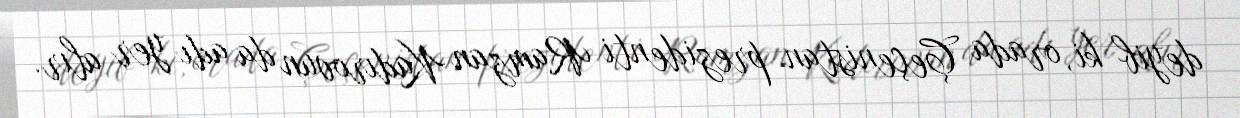
deyib ki, orada Çeçenistan prezidenti Ramzan Kadırovun da adı yer alır.